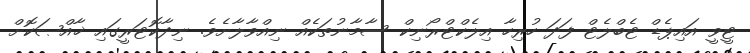
ޓީވީ އައިޕެޑް ޓެބްލެޓް ފަދަ ހުރިހާ އިލެކްޓްރޯނިކް ސާމާނުތަކެއް ނިއްވާލާށެވެ. ނިދާކޮޓަރީގައި ޚާއްޞަކޮށް